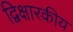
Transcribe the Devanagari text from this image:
द्विक्षारकीय